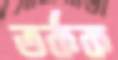
তর্কক